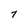
Character: 7